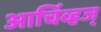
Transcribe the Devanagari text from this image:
आर्चिव्हज्